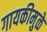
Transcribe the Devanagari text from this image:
गायकीमुळे